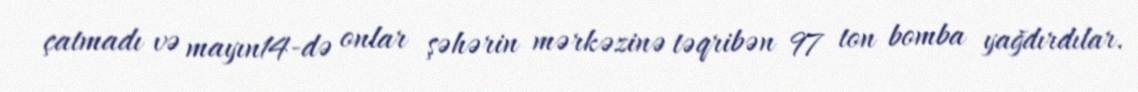
çatmadı və mayın14-də onlar şəhərin mərkəzinə təqribən 97 ton bomba yağdırdılar.